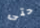
حتى